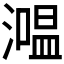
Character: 𰝕